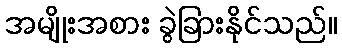
အမျိုးအစား ခွဲခြားနိုင်သည်။